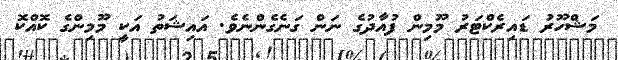
މަޝްހޫރު ޑައިރެކްޓަރު މޫމިން ފުއާދުގެ ނަން ގަނެގެންނެވެ. އައިޝަތު އަކީ މޫމިންގެ ކޮއްކޮ